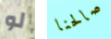
لو صالحنا